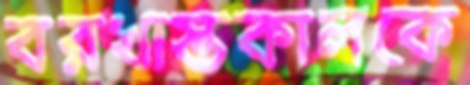
বরখাস্তকালকে